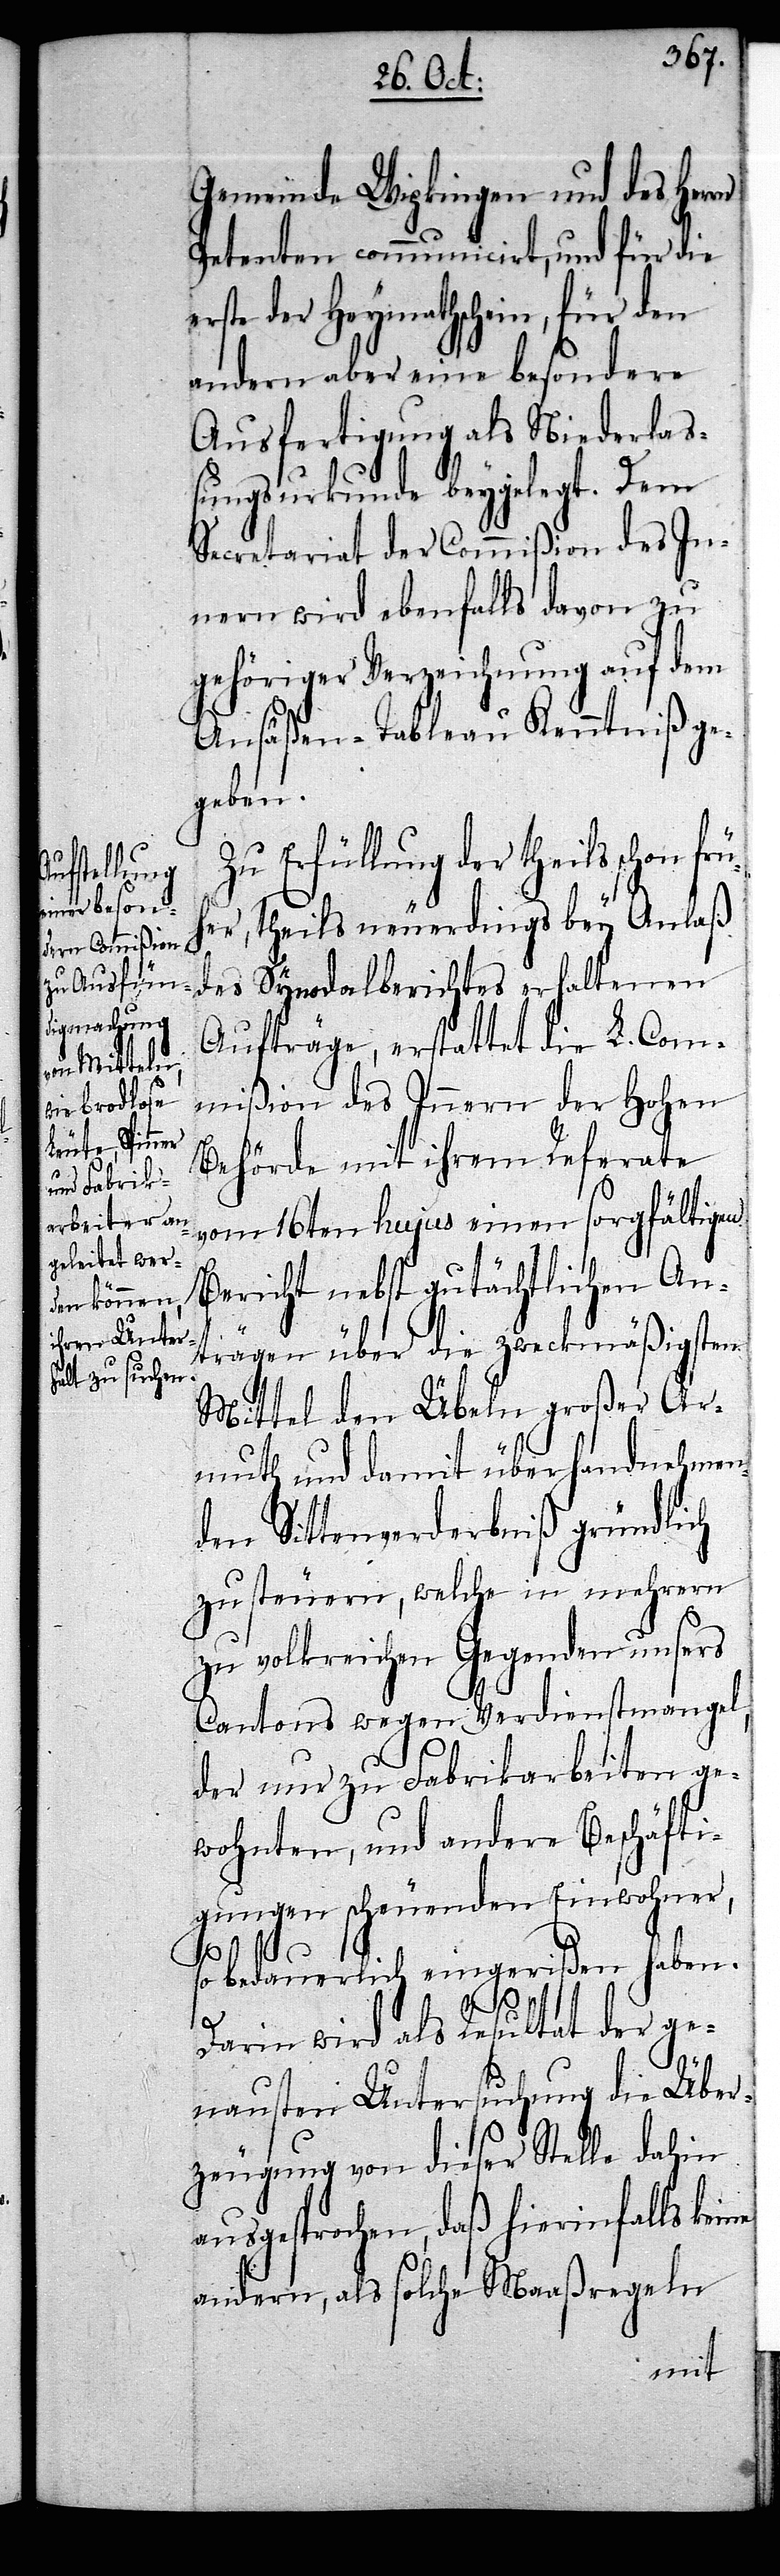
Gemeinde Wipkingen und des Her¬
Petenten communicirt, und für die
rste der Heymathschein, für den
andern aber eine besondere
Ausfertigung als Niederlaß¬
ungsurkunde beygelegt. Dem
Secretariat der Commißion des In¬
nern wird ebenfalls davon zu
gehöriger Verzeichnung auf dem
Ansäßen-Tableau Kenntniß ge¬
geben.
Zu Erfüllung der theils schon frü¬
her, theils neuerdings bey Anlaß
des Synodalberichtes erhaltenen
Aufträge, erstattet die L. Com¬
mißion des Innern der Hohen
Behörde mit ihrem Referate
vom 16ten hujus einen sorgfältigen
Bericht nebst gutächtlichen An¬
trägen über die zweckmäßigsten
Mittel den Übeln großer Ar¬
muth und damit überhandnehmen¬
den Sittenverderbniß gründlich
zu steuern, welche in mehrern
zu volkreichen Gegenden unsers
Cantons wegen Verdienstmangel,
der nur zu Fabrikarbeiten ge¬
wohnten, und andere Beschäfti¬
gungen scheuenden Einwohner,
ne
rn
so bedauerlich eingerißen haben.
Darin wird als Resultat der ge¬
nannten Untersuchung die Über¬
zeugung von dieser Stelle dahin
ausgesprochen, daß hierinfalls kei¬
andern, als solche Maaßregeln